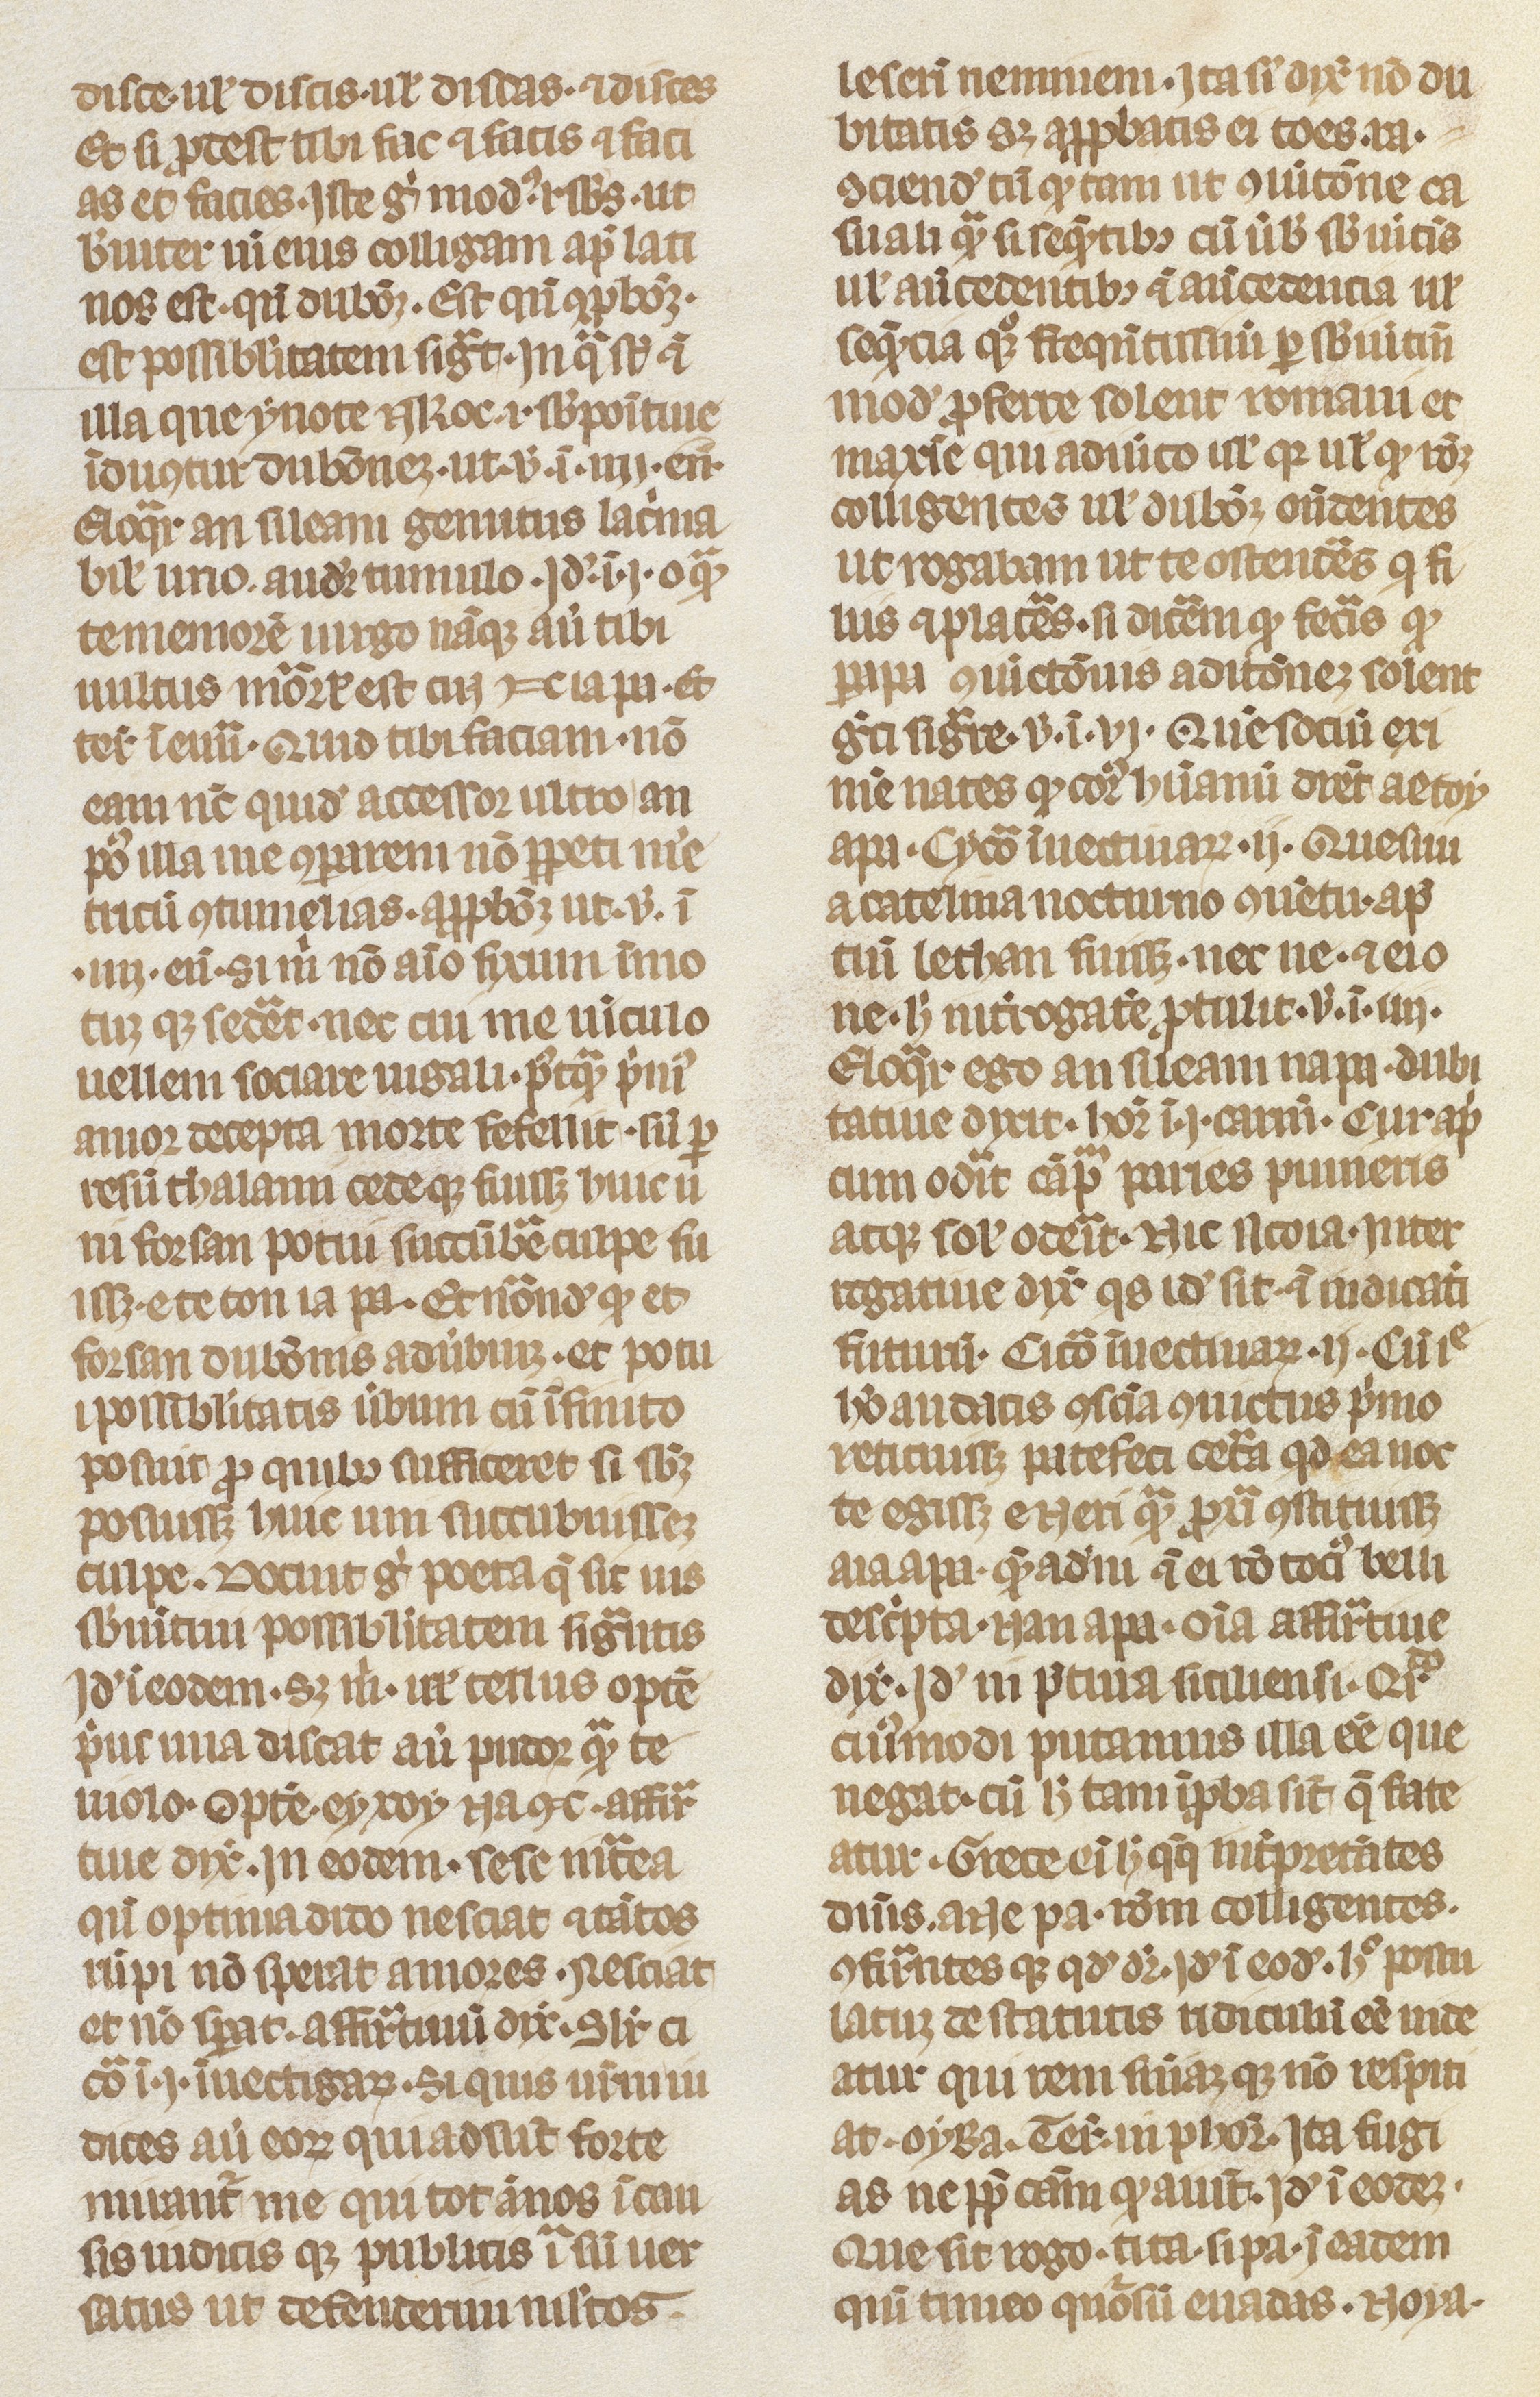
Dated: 1300–1315